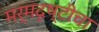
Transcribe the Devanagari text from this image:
मर्मदृष्टीचा